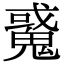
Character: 䰥